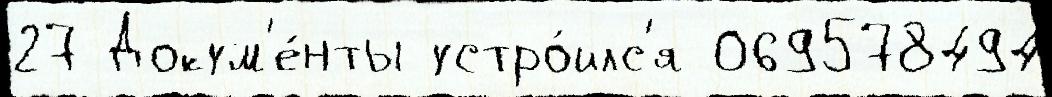
27 Докум'е́нты устро́илс'я 069578494